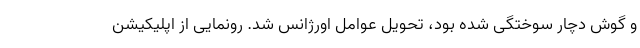
و گوش دچار سوختگی شده بود، تحویل عوامل اورژانس شد. رونمایی از اپلیکیشن